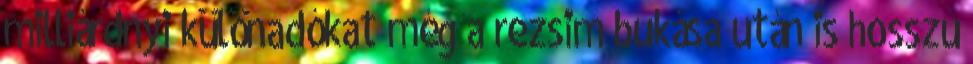
milliárdnyi különadókat még a rezsim bukása után is hosszú